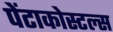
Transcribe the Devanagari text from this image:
पेंटाकोस्टल्स